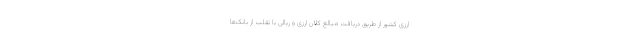
ارزی کشور از طریق دریافت مبالغ کلان ارزی و ریالی با تقلب از بانک‌ها